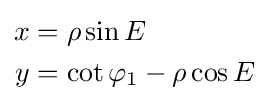
{\begin{aligned}x&=\rho \sin E\\y&=\cot \varphi _{1}-\rho \cos E\end{aligned}}